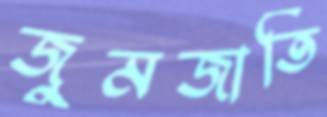
জুমজাতি